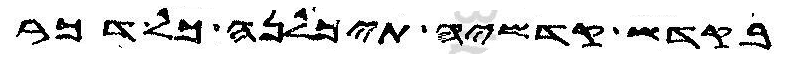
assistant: בקדש קדשיה תיכלנה כל דכר